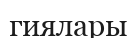
гиялары